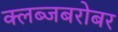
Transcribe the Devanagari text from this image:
क्लब्जबरोबर